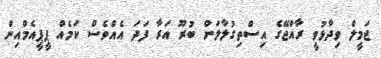
ޖަމީލް ވިދާޅުވީ ރާއްޖޭގެ އިސްތިގުލާލަށް ބުރޫ އަރާ ފަދަ އެއްވެސް ކަމެއް ޕީޕީއެމްއިން